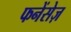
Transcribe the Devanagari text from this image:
फनेंसेज़